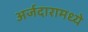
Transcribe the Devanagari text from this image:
अर्जदारामध्ये